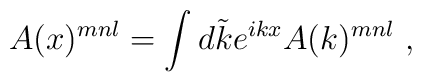
A(x)^{mnl}=\int d\tilde{k}e^{ikx}A(k)^{mnl} \ ,